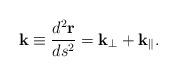
LaTeX: \begin{align*}{\bf k}\equiv\frac{d^2{\bf r}}{d s^2}={\bf k}_{\bot}+{\bf k}_{\|}.\end{align*}